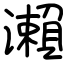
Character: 瀨